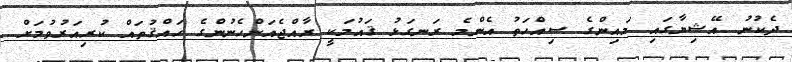
ދެކުނު އޭޝިޔާގައި މައިންގެ ސިއްހަތު އެންމެ ރަނގަޅު ޤައުމަކީ ރާއްޖެއަންހެނުންގެ ހައްޤުތައް ކުރިއަރުވުމަށް